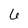
Character: 6